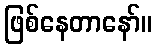
ဖြစ်နေတာနော်။